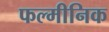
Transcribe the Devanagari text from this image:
फल्मीनिक